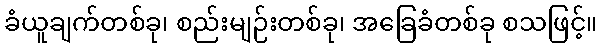
ခံယူချက်တစ်ခု၊ စည်းမျဉ်းတစ်ခု၊ အခြေခံတစ်ခု စသဖြင့်။